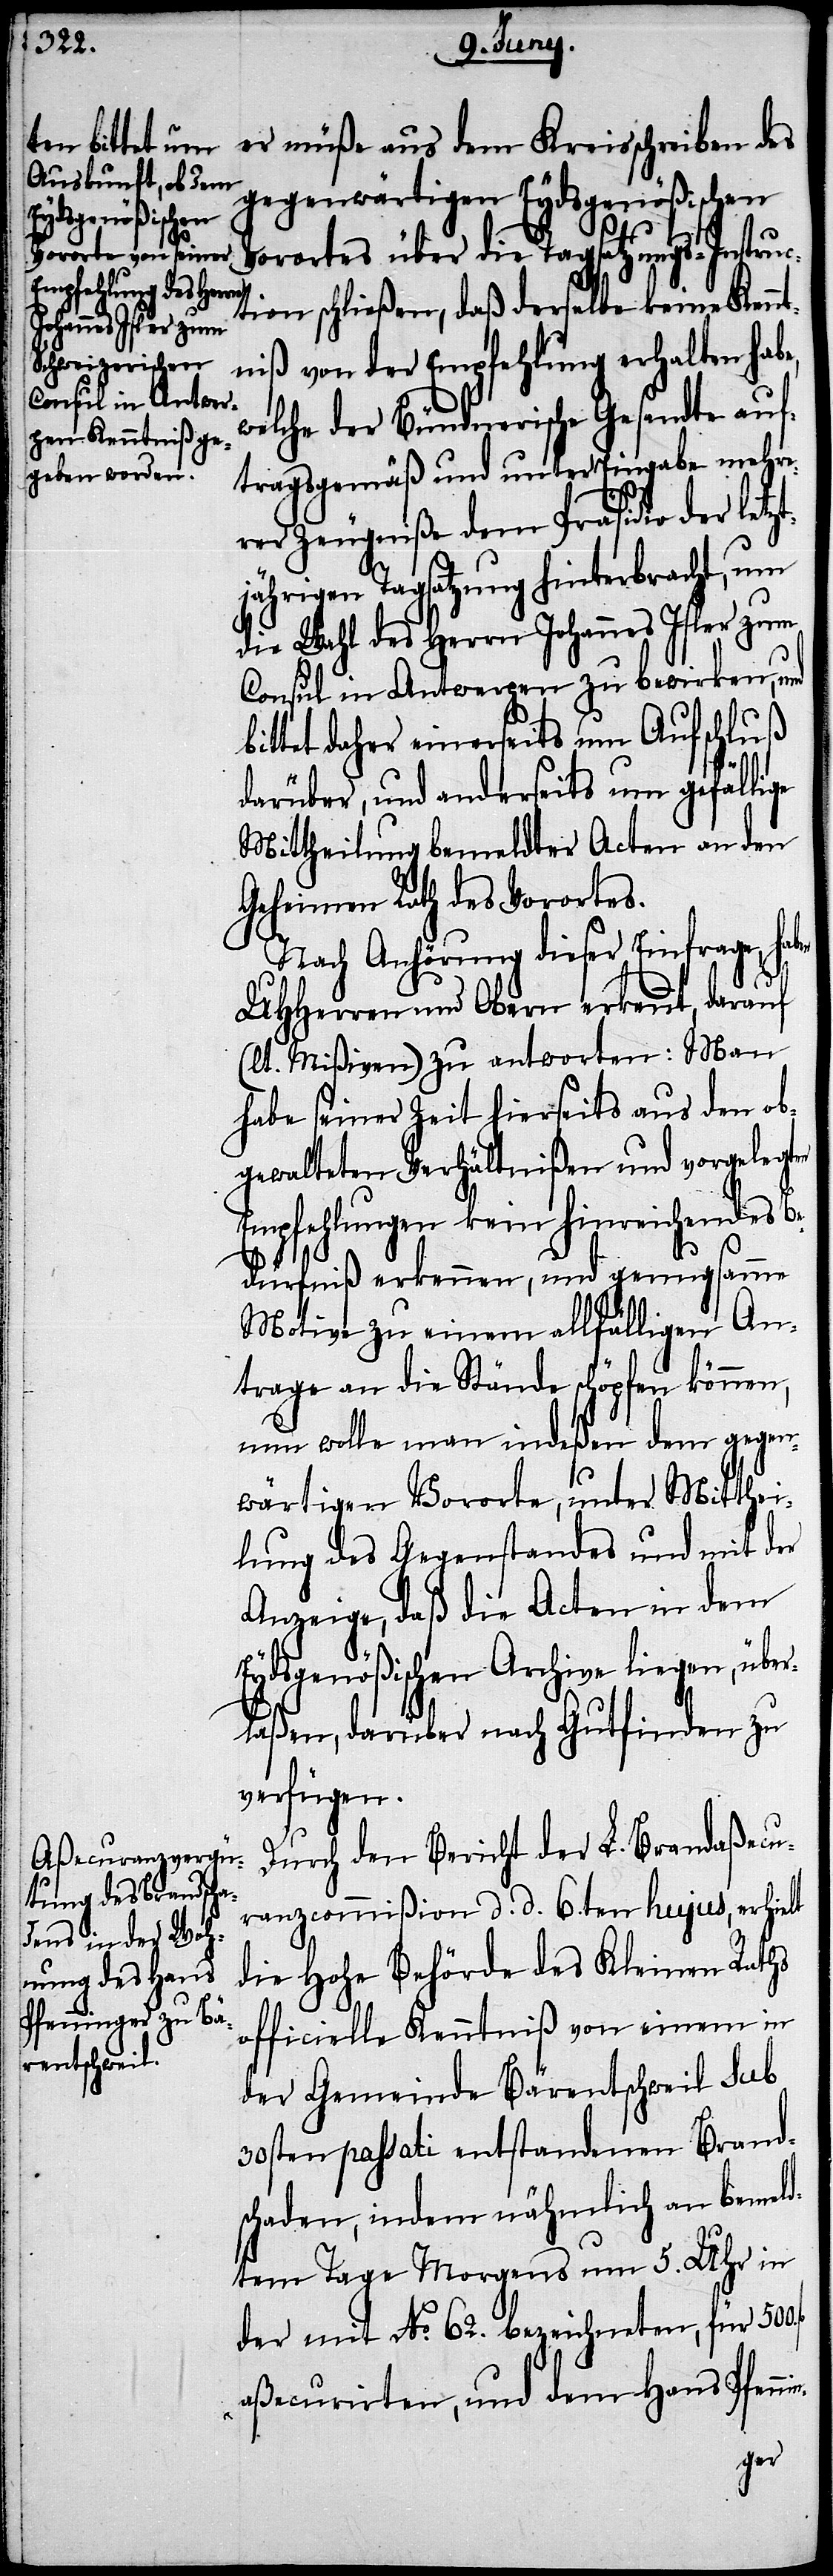
er müßte aus dem Kreisschreiben des
gegenwärtigen Eydsgenößischen
Vorortes über die Tagsatzungs-Instru¬
ction schließen, daß derselbe keine Kennt¬
niß von der Empfehlung erhalten habe,
welche der Bündnerische Gesandte auf¬
tragsgemäß und unter Eingabe mehre¬
rer Zeugniße dem Präsidio der letzt¬
jährigen Tagsatzung hinterbracht, um
die Wahl des Herrn Johannes Isler zum
Consul in Antwerpen zu bewirken, und
bittet daher einerseits um Aufschluß
darüber, und anderseits um gefällige
Mittheilung bemeldter Acten an den
Geheimen Rath des Vorortes.
Nach Anhörung dieser Einfrage, hab¬
UHHerren und Obern erkennt, darauf
(lt. Mißiven) zu antworten: Man
habe seiner Zeit hierseits aus den ob¬
gewalteten Verhältnißen und vorgelegten
Empfehlungen kein hinreichendes B¬
edürfniß erkennen, und genugsamme
Motive zu einem allfälligen An¬
trage an die Stände schöpfen können,
nun wolle man indesen dem gegen¬
wärtigen Vororte, unter Mitthei¬
lung des Gegenstandes und mit der
Anzeige, daß die Acten in dem
Eydsgenößischen Archive liegen, übe¬
rlaßen, darüber nach Gutfinden zu
verfügen.
Durch den Bericht der L. Brandaßecu¬
ranzcommißion d. d. 6ten hujus, erhielt
die Hohe Behörde des Kleinen Raths
officielle Kenntniß von einem in
der Gemeinde Bärentschweil sub
30sten passati entstandenen Brands¬
chaden, indem nähmlich an bemeld¬
tem Tage Morgens um 5. Uhr in
der mit No. 62. bezeichneten, für 500.
aßecurirten, und dem Hans Pfennin-
en